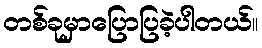
တစ်ခုမှာပြောပြခဲ့ပါတယ်။